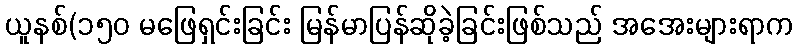
ယူနစ်(၁၅၀ မဖြေရှင်းခြင်း မြန်မာပြန်ဆိုခဲ့ခြင်းဖြစ်သည် အအေးများရာက